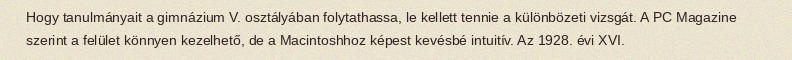
Hogy tanulmányait a gimnázium V. osztályában folytathassa, le kellett tennie a különbözeti vizsgát. A PC Magazine szerint a felület könnyen kezelhető, de a Macintoshhoz képest kevésbé intuitív. Az 1928. évi XVI.